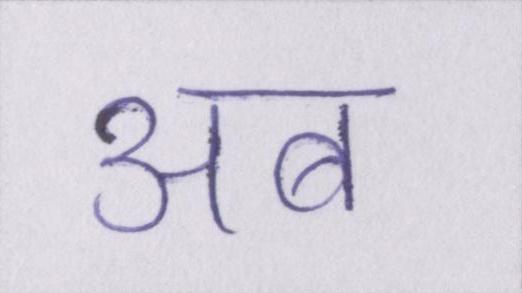
अब